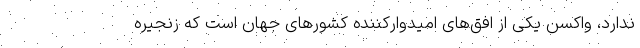
ندارد، واکسن یکی از افق‌های امیدوارکننده کشورهای جهان است که زنجیره